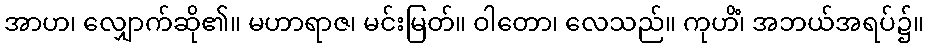
အာဟ၊ လျှောက်ဆို၏။ မဟာရာဇ၊ မင်းမြတ်။ ဝါတော၊ လေသည်။ ကုဟိံ၊ အဘယ်အရပ်၌။